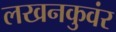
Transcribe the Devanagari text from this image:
लखनकुवंर